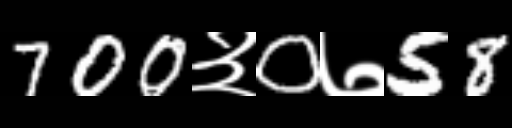
Text: 700३0७58